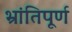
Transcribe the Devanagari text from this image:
भ्रांतिपूर्ण